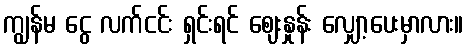
ကျွန်မ ငွေ လက်ငင်း ရှင်းရင် ဈေးနှုန်း လျှော့ပေးမှာလား။